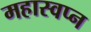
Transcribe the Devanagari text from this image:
महास्‍वप्‍न